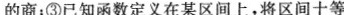
的商；③已知函数定义在某区间上，将区间十等